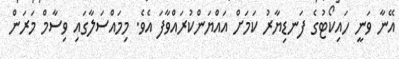
އޭނާ ވަނީ ހައިކޯޓުގެ ފަނޑިޔާރު ކަމަށް އައްޔަންކުރައްވާފަ އެވެ. މިމައްސަލާގައި ވިސާމް މަރަން